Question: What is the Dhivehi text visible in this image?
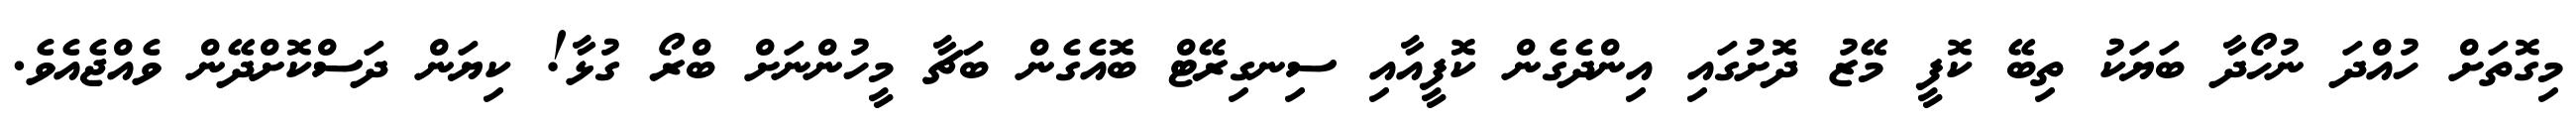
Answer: މިގޮތަށް ހުއްދަ ނުހޯދާ ބަޔަކު ތިބޭ ކޮފީ މޭޒު ދޮށުގައި އިންދެގެން ކޮފީއާއި ސިނގިރޭޓް ބޮއެގެން ބަޗާ މީހުންނަށް ބްރޯ ގުޅާ! ކިޔަން ދަސްކޮށްދޭން ވެއްޖެއެވެ.